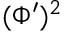
( \Phi ^ { \prime } ) ^ { 2 }